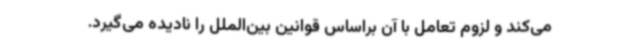
می‌کند و لزوم تعامل با آن براساس قوانین بین‌الملل را نادیده می‌گیرد.